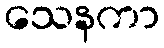
သေနကာ